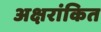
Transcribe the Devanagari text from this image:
अक्षरांकित